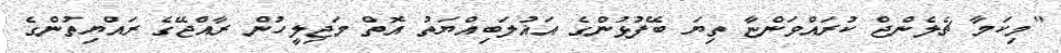
"މިކަމާ ޗެލެންޖް ކުރައްވަންޏާ ތިޔަ ބޭފުޅުންގެ އަޣުލަބިއްޔަތު އޮތް މަޖިލީހުން ރާއްޖޭގެ ރައްޔިތުންގެ